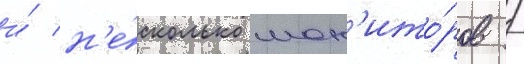
и́ н'е́сколько мон'ито́ров /